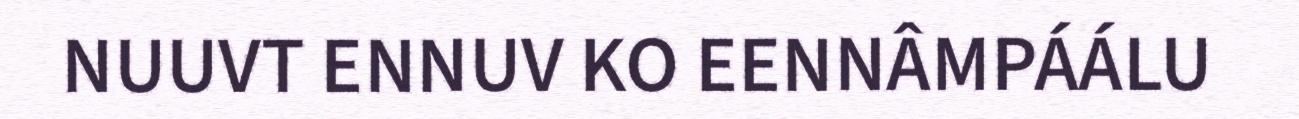
NUUVT ENNUV KO EENNÂMPÁÁLU